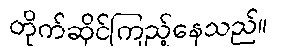
တိုက်ဆိုင်ကြည့်နေသည်။